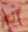
أنم